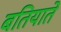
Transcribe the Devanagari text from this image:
बतियाते